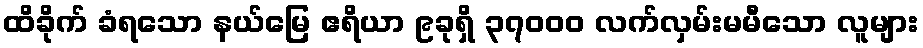
ထိခိုက် ခံရသော နယ်မြေ ဧရိယာ ၉ခုရှိ ၃၇၀၀၀ လက်လှမ်းမမီသော လူများ